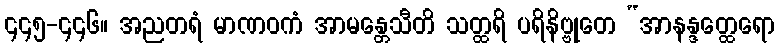
၄၄၅-၄၄၆။ အညတရံ မာဏဝကံ အာမန္တေသီတိ သတ္ထရိ ပရိနိဗ္ဗုတေ “အာနန္ဒတ္ထေရော